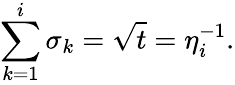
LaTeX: \sum_{k=1}^{i}{\sigma_{k}=\sqrt t=\eta_{i}^{-1}}.